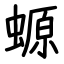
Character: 螈